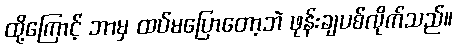
ထို့ကြောင့် ဘာမှ ထပ်မပြောတော့ဘဲ ဖုန်းချပစ်လိုက်သည်။